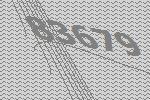
83679